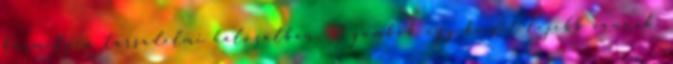
bármilyen társadalmi hálózatban. A gombok egy kicsit lejebb vannak.